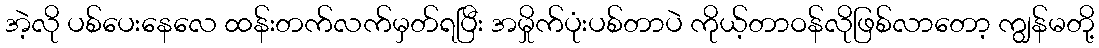
အဲ့လို ပစ်ပေးနေလေ ထန်းတက်လက်မှတ်ရပြီး အမှိုက်ပုံးပစ်တာပဲ ကိုယ့်တာဝန်လိုဖြစ်လာတော့ ကျွန်မတို့